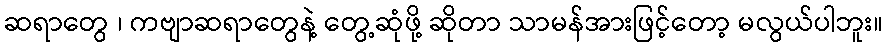
ဆရာတွေ ၊ ကဗျာဆရာတွေနဲ့ တွေ့ဆုံဖို့ ဆိုတာ သာမန်အားဖြင့်တော့ မလွယ်ပါဘူး။